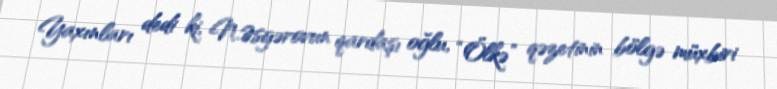
Yaxınları dedi ki, N.Əsgərovun qardaşı oğlu, “Ölkə” qəzetinin bölgə müxbiri